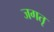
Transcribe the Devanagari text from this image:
जगतृ